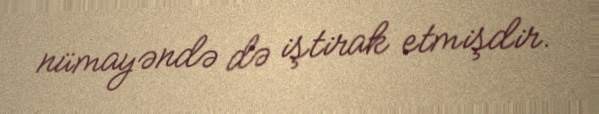
nümayəndə də iştirak etmişdir.